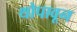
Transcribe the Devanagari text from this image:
थोपावून